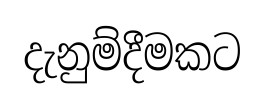
දැනුම්දීමකට